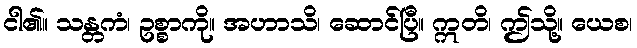
ငါ၏။ သန္တကံ၊ ဥစ္စာကို။ အဟာသိ၊ ဆောင်ပြီ။ ဣတိ၊ ဤသို့။ ယေစ၊